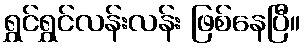
ရွှင်ရွှင်လန်းလန်း ဖြစ်နေပြီ။